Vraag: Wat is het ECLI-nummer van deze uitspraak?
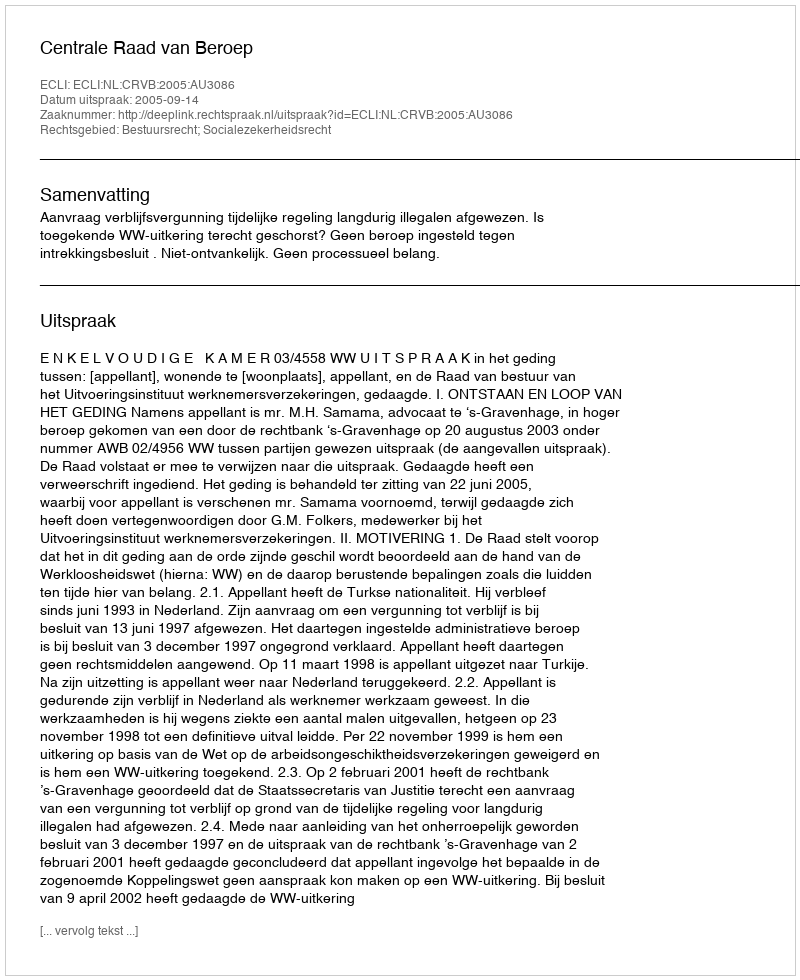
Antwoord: ECLI:NL:CRVB:2005:AU3086